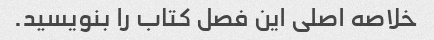
خلاصه اصلی این فصل کتاب را بنویسید.